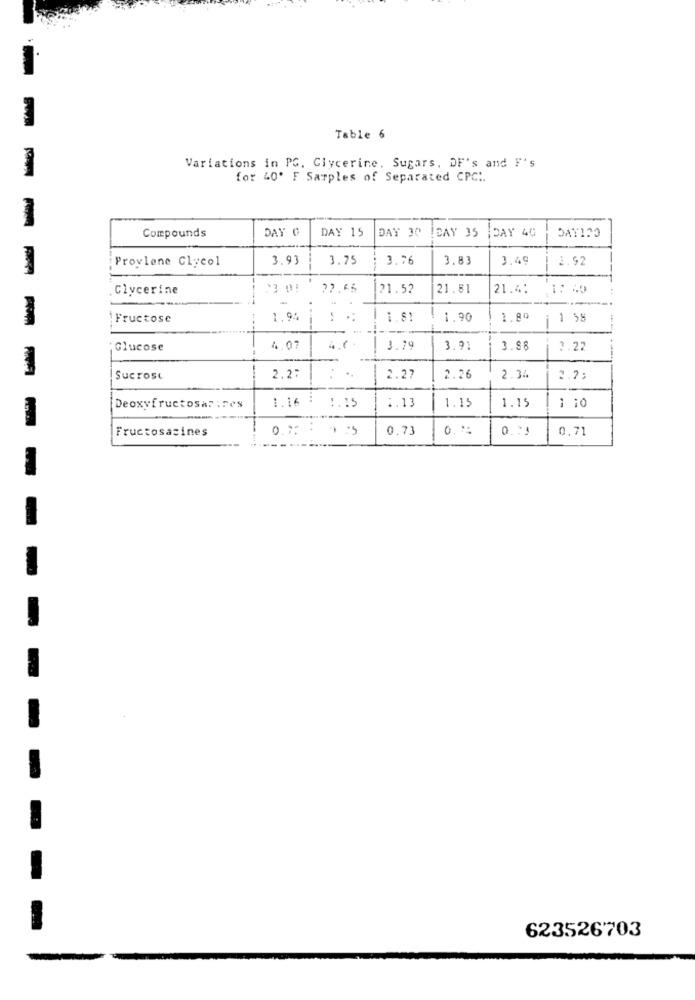
Table 6
Variations in PG, Glycerine. Sugars, DF's and F's
for 40' F Samples of Separated CPC :.
-
Compounds
DAY C
DAY 15
DAY 30
LEAY 35
DAY 40
Provlene Glycol
3.93
3.75
3.76
3.83
3.49
2.92
. Glycerine
21.52
21.81
21.4:
1: 40
Fructose
1.94
1 1.81
1.90
1.80
1 58
Glucose
4.07
4.(
3.79
3.91
3.88
2.22
Sucrose
2.27
2.27
2.26
2.34
2.2:
1.13
Deoxyfructosarires
1.16
1.15
1.15
1.15
1 10
Fructosazines
0.7:
0.73
0%
0.71
-
623526703